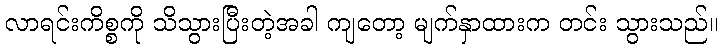
လာရင်းကိစ္စကို သိသွားပြီးတဲ့အခါ ကျတော့ မျက်နှာထားက တင်း သွားသည်။